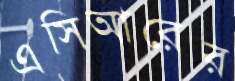
এসিআরের